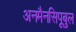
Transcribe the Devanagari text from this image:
अनमैनसिपूबुल